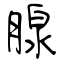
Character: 腺